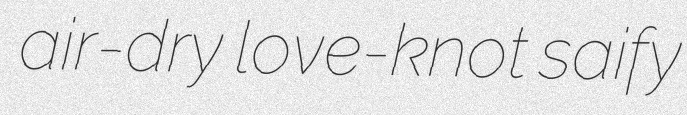
air-dry love-knot saify